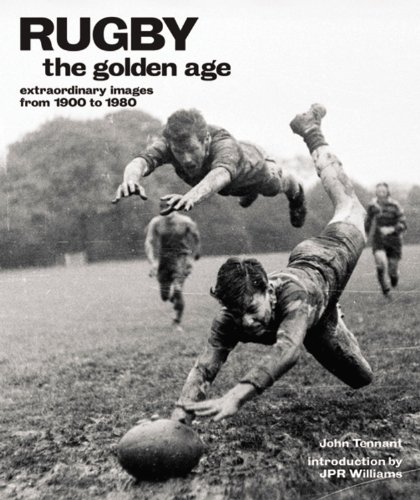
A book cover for Rugby: The Golden Age: Extraordinary Images from 1900 to 1980; John Tennant; Sports & Outdoors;